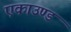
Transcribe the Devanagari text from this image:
एकाउण्ड